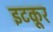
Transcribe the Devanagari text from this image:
इटकूर